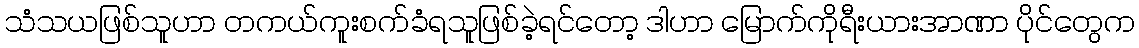
သံသယဖြစ်သူဟာ တကယ်ကူးစက်ခံရသူဖြစ်ခဲ့ရင်တော့ ဒါဟာ မြောက်ကိုရီးယားအာဏာ ပိုင်တွေက